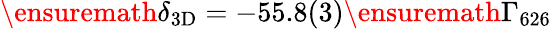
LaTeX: \ensuremath{\delta_{\mathrm{3D}}}=-55.8(3)\ensuremath{\Gamma_{626}}